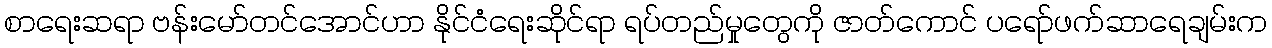
စာရေးဆရာ ဗန်းမော်တင်အောင်ဟာ နိုင်ငံရေးဆိုင်ရာ ရပ်တည်မှုတွေကို ဇာတ်ကောင် ပရော်ဖက်ဆာရေချမ်းက